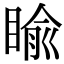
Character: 睮